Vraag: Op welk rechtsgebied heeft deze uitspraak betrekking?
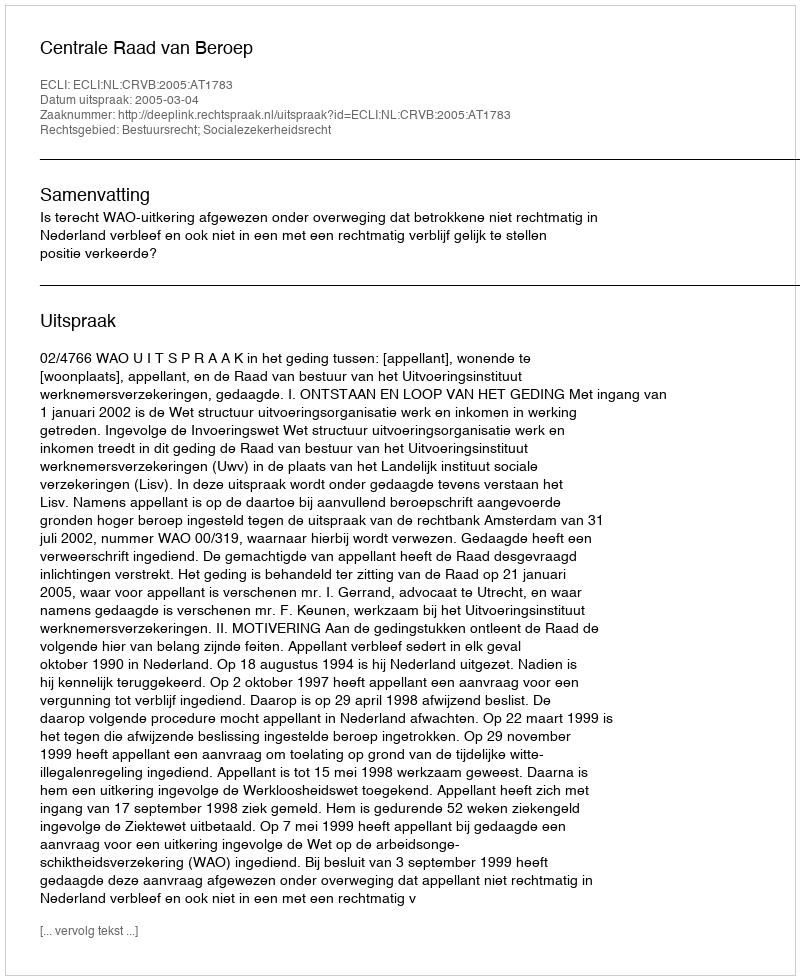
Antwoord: Bestuursrecht; Socialezekerheidsrecht